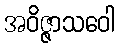
အဝိဇ္ဇာသဝေါ